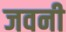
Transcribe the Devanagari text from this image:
जवनी